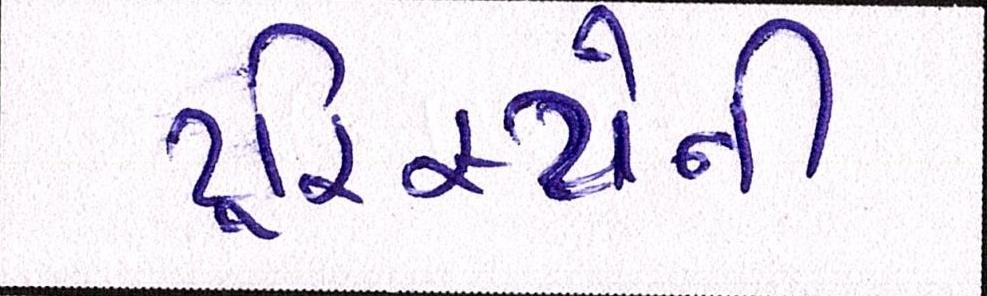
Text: ટૂરિસ્ટોની